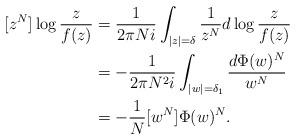
LaTeX: \begin{align*}[z^N]\log \frac{z}{f(z)}&=\frac{1}{2\pi N i }\int_{|z|=\delta}\frac{1}{z^{N}}d\log\frac{z}{f(z)} \\&=-\frac{1}{2\pi N^2i}\int_{|w|=\delta_1}\frac{ d\Phi(w)^N}{w^N}\\&=-\frac{1}{N}[w^N] \Phi(w)^N.\end{align*}